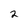
Character: 2